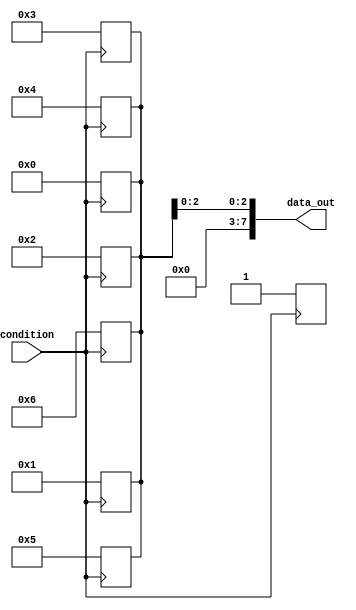
module while_loop_generate (
    input wire condition,
    output reg [7:0] data_out
);

initial begin
    data_out = 0;
end

genvar i;

generate
    for (i = 0; i < 8; i = i + 1) begin
        always @(posedge condition) begin
            if (condition) begin
                data_out <= i;
            end
        end
    end
endgenerate

endmodule